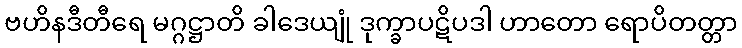
ဗဟိနဒီတီရေ မဂ္ဂဋ္ဌာတိ ခါဒေယျုံ ဒုက္ခာပဋိပဒါ ဟာတော ရောပိတတ္တာ